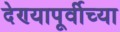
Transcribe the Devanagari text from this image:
देण्यापूर्वीच्या